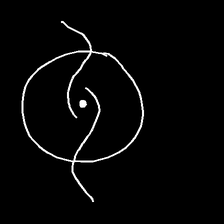
Glyph: repetition